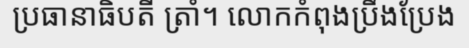
ប្រធានាធិបតី ត្រាំ។ លោកកំពុងប្រឹងប្រែង